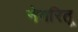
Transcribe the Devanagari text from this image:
नेगरितू